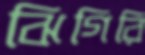
ঝিগিরি